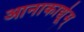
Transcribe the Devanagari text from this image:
आनाकार्द्यूम्